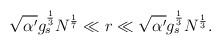
\begin{align*}\sqrt{\alpha^{\prime}}g^{1\over 3}_{s}N^{1\over 7}\ll r \ll \sqrt{\alpha^{\prime}}g^{1\over 3}_{s}N^{1\over 3}.\end{align*}